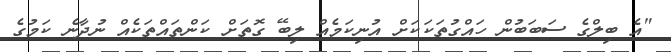
"އެ ބިލްގެ ސަބަބުން ހައްގުތަކަކަށް އުނިކަމެއް ލިބޭ ގޮތަށް ކަންތައްތަކެއް ނުދާނެ ކަމުގެ